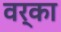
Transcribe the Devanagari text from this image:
वर्का